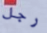
رجل